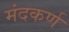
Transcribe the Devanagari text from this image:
मंदकर्ण